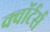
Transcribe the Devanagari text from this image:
क्वॉर्टर्स